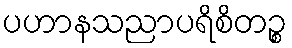
ပဟာနသညာပရိစိတဉ္စ